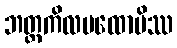
ဘတ္တကိလမထောပိဿ